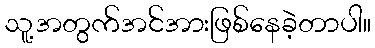
သူ့အတွက်အင်အားဖြစ်နေခဲ့တာပါ။